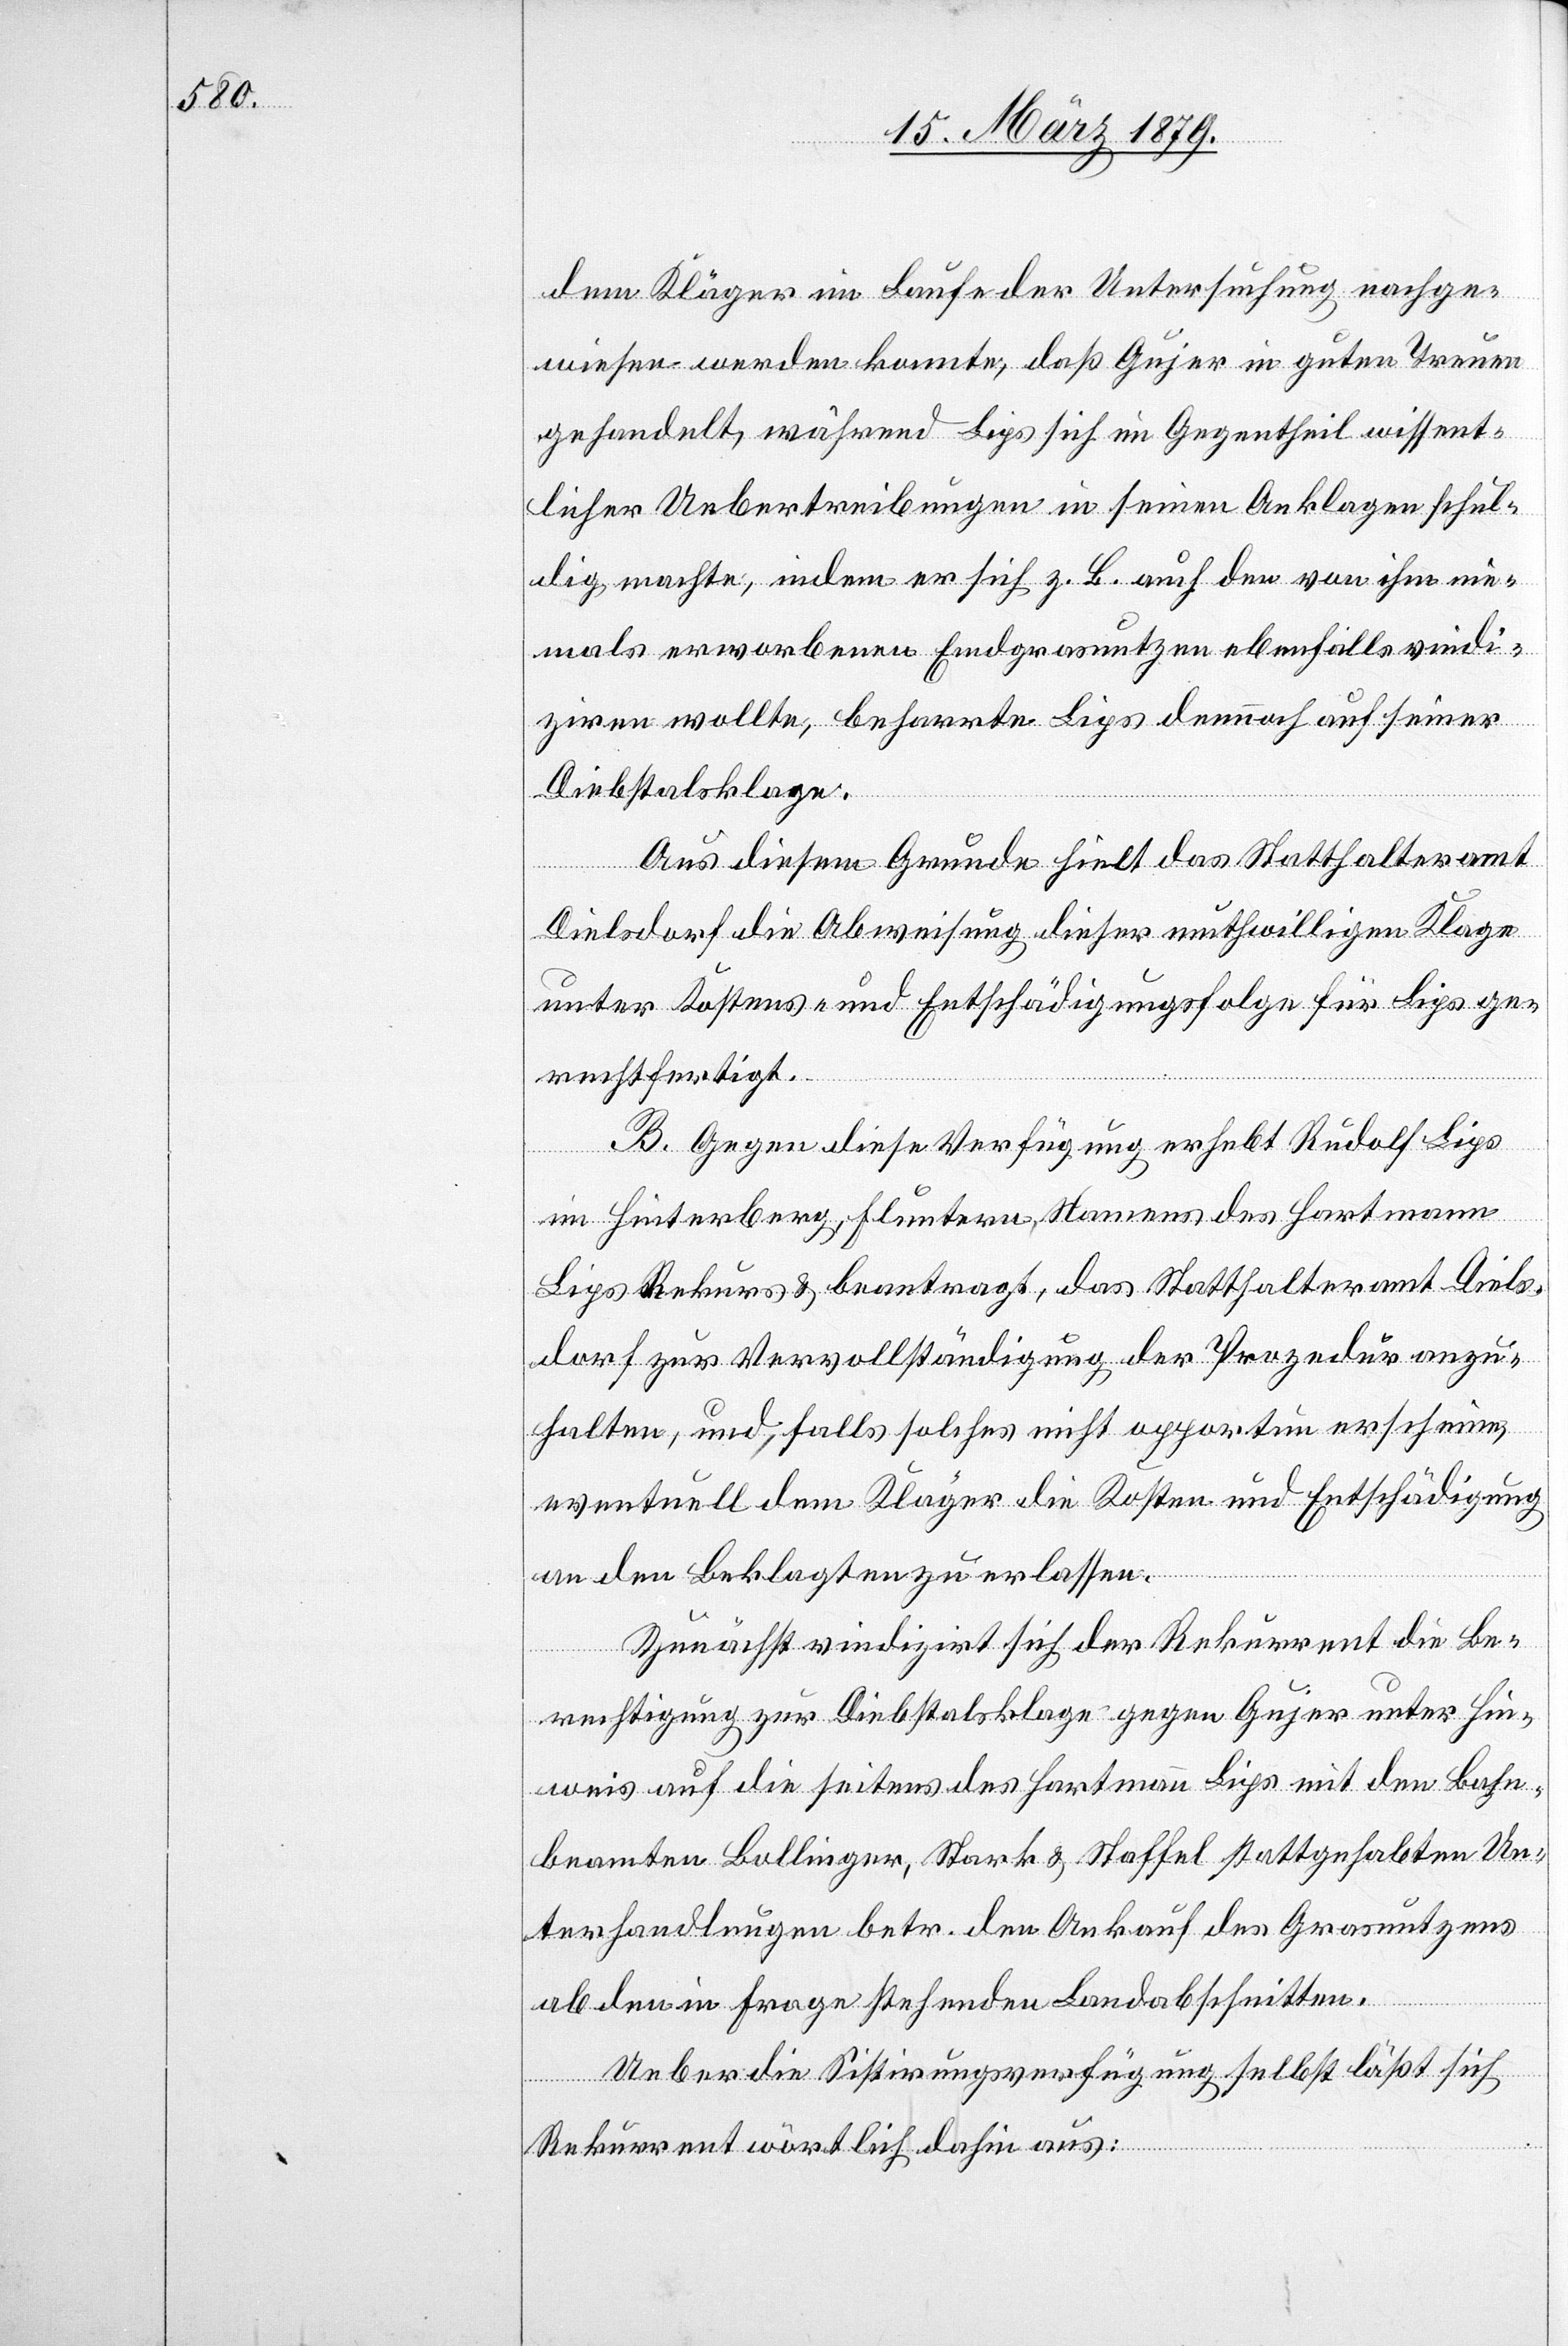
dem Kläger im Laufe der Untersuchung nachge¬
wiesen werden konnte, daß Gujer in guten Treuen
gehandelt, während Lips sich im Gegentheil wissent¬
licher Uebertreibungen in seinen Anklagen schul¬
dig machte, indem er sich z. B. auch den von ihm nie¬
mals erworbenen Emdgrasnutzen ebenfalls vindi¬
ziren wollte, beharrte Lips dennoch auf seiner
Diebstalsklage.
Aus diesem Grunde hielt das Statthalteramt
Dielsdorf die Abweisung dieser muthwilligen Klage
unter Kostens- und Entschädigungsfolge für Lips ge¬
rechtfertigt.
B. Gegen diese Verfügung erhebt Rudolf Lips
im Hinterberg, Fluntern, Namens des Hartmann
Lips Rekurs & beantragt, das Statthalteramt Diels¬
dorf zur Vervollständigung der Prozedur anzu¬
halten, und falls solches nicht opportun erscheine,
eventuell dem Kläger die Kosten und Entschädigung
an den Beklagten zu erlassen.
Zunächst vindizirt sich der Rekurrent die Be¬
rechtigung zur Diebstalsklage gegen Gujer unter Hin¬
weis auf die seitens des Hartmann Lips mit den Bahn¬
beamten Bollinger, Stark & Staffel stattgehabten Un¬
terhandlungen betr. den Ankauf des Grasnutzens
ab den in Frage stehenden Landabschnitten.
Ueber die Sisitirungsverfügung selbst läßt sich
Rekurrent wörtlich dahin aus: